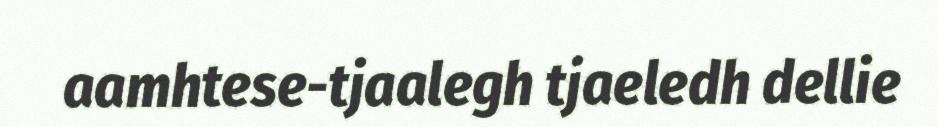
aamhtese-tjaalegh tjaeledh dellie